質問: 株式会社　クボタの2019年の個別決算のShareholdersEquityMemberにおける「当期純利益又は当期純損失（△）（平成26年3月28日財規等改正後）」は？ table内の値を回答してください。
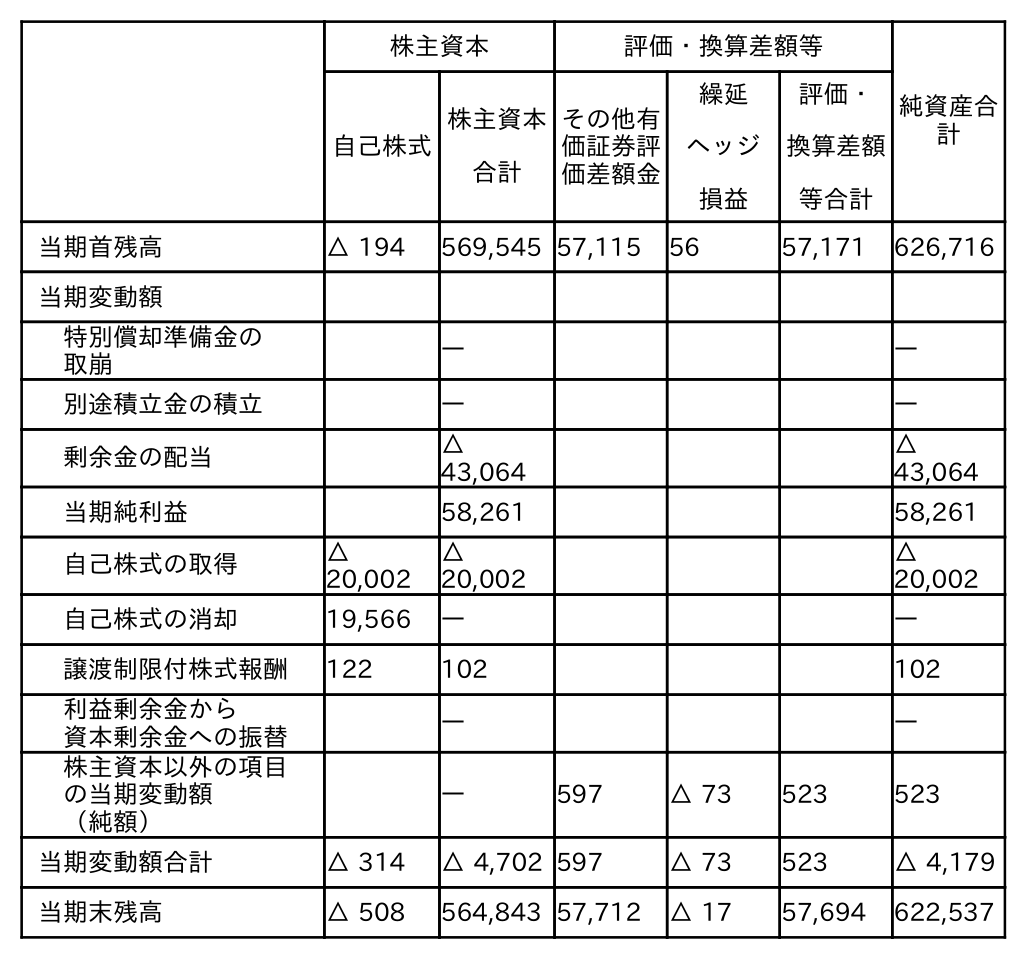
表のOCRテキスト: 株主資本 評価・換算差額等 純資産合 計 自己株式 株主資本 合計 その他有 価証券評 価差額金 繰延 ヘッジ 損益 評価・ 換算差額 等合計 当期首残高 △ 194 569,545 57,115 56 57,171 626,716 当期変動額 特別償却準備金の 取崩 ― ― 別途積立金の積立 ― ― 剰余金の配当 △ 43,064 △ 43,064 当期純利益 58,261 58,261 自己株式の取得 △ 20,002 △ 20,002 △ 20,002 自己株式の消却 19,566 ― ― 譲渡制限付株式報酬 122 102 102 利益剰余金から 資本剰余金への振替 ― ― 株主資本以外の項目 の当期変動額 （純額） ― 597 △ 73 523 523 当期変動額合計 △ 314 △ 4,702 597 △ 73 523 △ 4,179 当期末残高 △ 508 564,843 57,712 △ 17 57,694 622,537
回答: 58,261